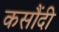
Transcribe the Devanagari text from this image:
कसौंदी